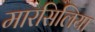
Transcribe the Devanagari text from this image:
मारसिलिया